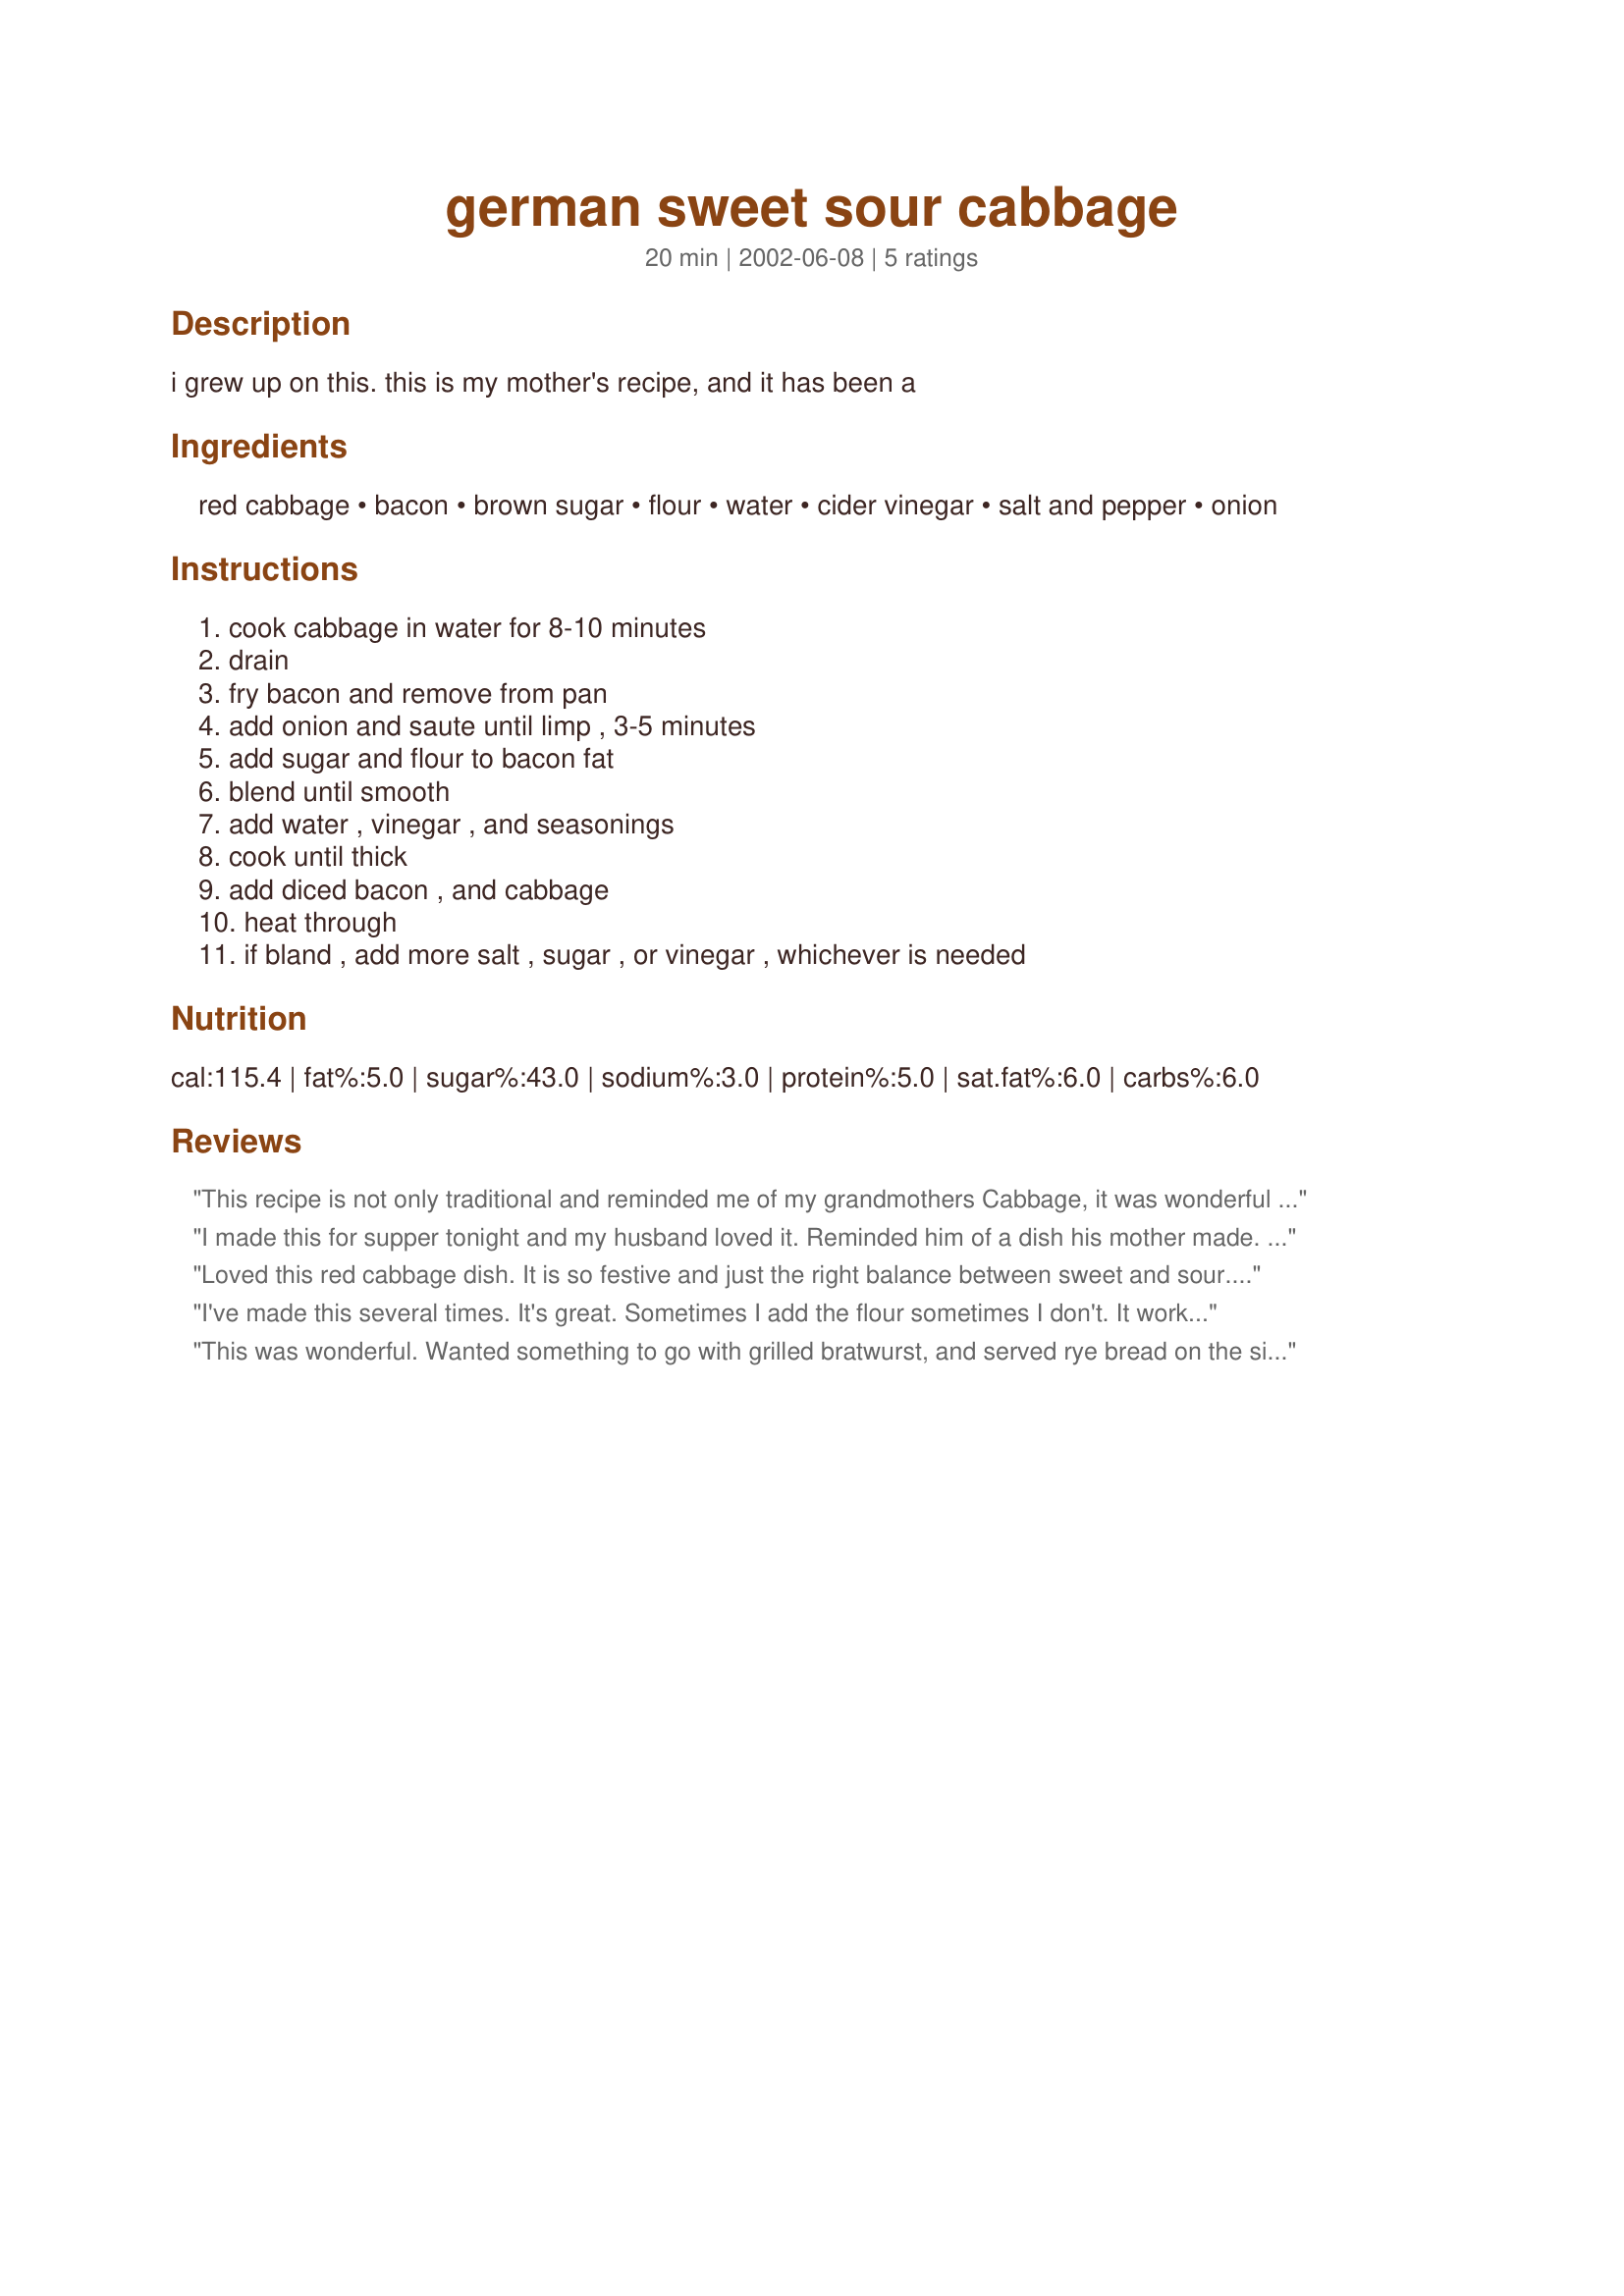
german sweet sour cabbage
Preparation time: 20 minutes

i grew up on this. this is my mother's recipe, and it has been a

Ingredients:
red cabbage, bacon, brown sugar, flour, water, cider vinegar, salt and pepper, onion

Steps:
cook cabbage in water for 8-10 minutes, drain, fry bacon and remove from pan, add onion and saute until limp , 3-5 minutes, add sugar and flour to bacon fat, blend until smooth, add water , vinegar , and seasonings, cook until thick, add diced bacon , and cabbage, heat through, if bland , add more salt , sugar , or vinegar , whichever is needed

Reviews:
This recipe is not only traditional and reminded me of my grandmothers Cabbage, it was wonderful and easy to make.
I made this for supper tonight and my husband loved it. Reminded him of a dish his mother made. Has a nice balance of sweet and sour. I also served this with grilled brats and will definitely be making this again!
Loved this red cabbage dish. It is so festive and just the right balance between sweet and sour. We will definitely have this again -- next time with some Brats!!! Thanks for the post. Made for the Diabetic Forum - Octoberfest Tag, October, 2011.
I've made this several times. It's great. Sometimes I add the flour sometimes I don't. It works well either way. Wonderful side for grilled brauts or just about anything except spaghetti.
This was wonderful. Wanted something to go with grilled bratwurst, and served rye bread on the side. A keeper.
